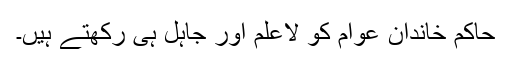
حاکم خاندان عوام کو لاعلم اور جاہل ہی رکھتے ہیں۔